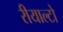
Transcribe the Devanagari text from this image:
रीयाल्टो